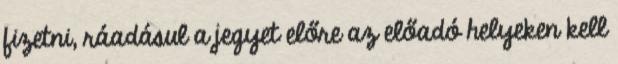
fizetni, ráadásul a jegyet előre az előadó helyeken kell